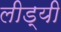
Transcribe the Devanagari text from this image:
लीड्यी